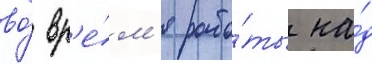
во́ вр'е́м'я рабо́ты на́д